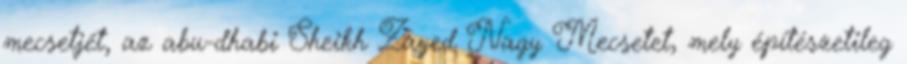
mecsetjét, az abu-dhabi Sheikh Zayed Nagy Mecsetet, mely építészetileg